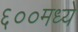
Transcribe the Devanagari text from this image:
६००मध्ये